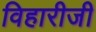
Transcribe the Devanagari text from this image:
विहारीजी